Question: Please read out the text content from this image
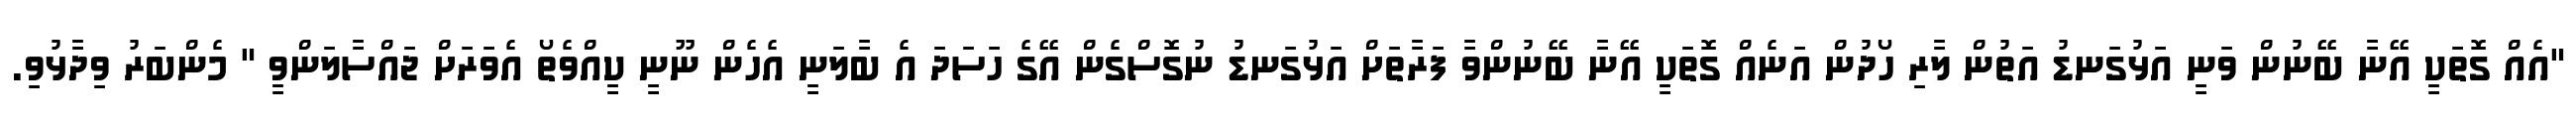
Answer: "އެއް ގޮތަކީ އޭނާ ބޭނުން ވަނީ އަޅުގަނޑު އަތުން ލާރި ހޯދުން އަނެއް ގޮތަކީ އޭނާ ބޭނުންވާ ފަރާތަށް އަޅުގަނޑު ނުގޮސްގެން އޭގެ ހަސަދަ އެ ބާލަނީ އެހެން ނޫނީ ކީއްވެތޯ އެވަރަށް ޖައްސާލަންވީ " މެންބަރު ވިދާޅުވި.